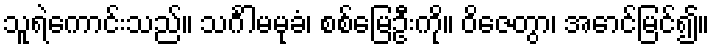
သူရဲကောင်းသည်။ သင်္ဂါမမုခံ၊ စစ်မြေဦးကို။ ဝိဇေတွာ၊ အောင်မြင်၍။